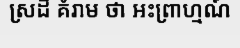
ស្រដី គំរាម ថា អះព្រាហ្មណ៍